Civil Veterinary Department Bengal reports 1923-33 - 1923-1933
Year: 1923
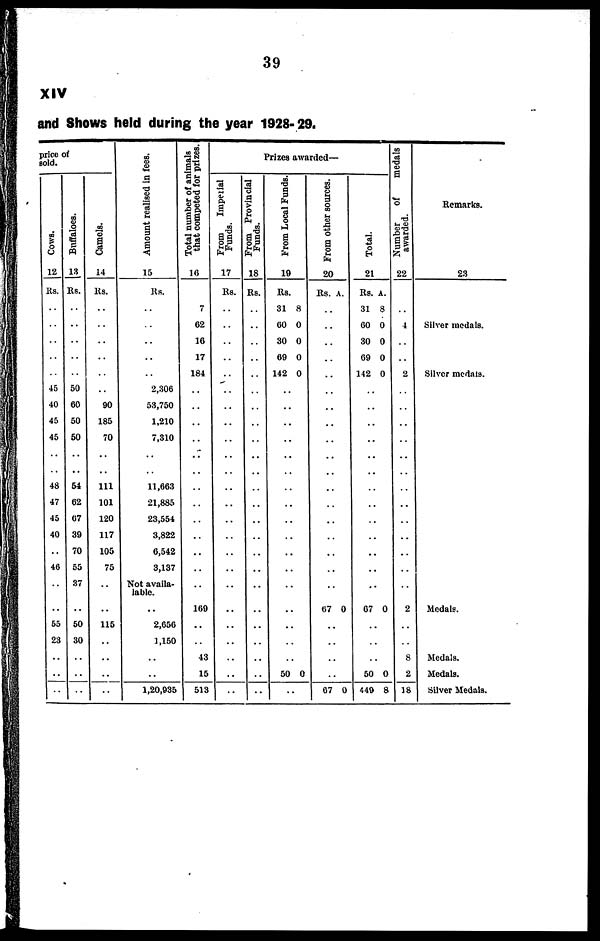
39
XIV
and shows held during the year 1928-29.
price of
sold.
Cows.
12
Rs.
..
..
..
..
..
45
40
45
45
48
47
45
40
46
..
..
55
23
..
..
..
Buffaloes.
18
Rs.
..
..
..
..
..
50
60
50
50
54
62
07
39
70
55
37
..
50
30
..
..
..
Camels.
14
Rs.
..
..
..
..
..
..
90
185
70
111
101
120
117
105
75
..
..
115
..
..
..
..
Amount realised in fees.
15
Rs.
..
..
..
..
..
2,306
58,750
1.210
7,310
11,663
21,885
23,554
3,822
6,542
3,137
Not availa-
lable.
..
2,656
1,150
..
..
1,20,935
Total number of animals
that competed for prizes,
16
7
62
16
17
184
..
..
..
..
..
..
..
..
..
..
..
169
..
..
43
15
513
Prizes awarded—
From
Imperial
Funds.
17
Rs.
..
..
..
..
..
..
..
..
..
..
..
..
..
..
..
..
..
..
..
..
..
..
From Provincial
Funds.
18
Rs.
..
..
..
..
..
..
..
..
..
..
..
..
..
..
..
..
..
..
..
..
..
From Local Funds.
19
Rs.
31 8
00 0
30 0
69 0
142 0
..
..
..
..
..
..
..
..
..
..
..
..
..
..
50 0
..
From other sources.
20
Rs. A.
..
..
..
..
..
..
..
..
..
..
..
..
..
..
..
..
07 0
..
..
..
..
67 0
Total.
21
Rs. A.
31 8
60 0
30 0
69 0
142 0
..
..
..
..
..
..
..
..
..
..
..
07 0
..
..
..
50 0
449 8
Number
of
medals
awarded.
22
..
4
..
..
2
..
..
..
..
..
..
..
..
..
..
..
2
..
..
8
2
18
Remarks.
23
Silver medals.
Silver medals.
Medals.
Medals.
Medals.
Silver Medals.